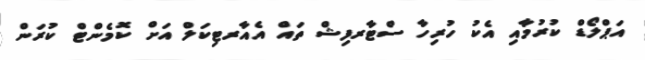
އަޕްލޯޑް ކުރުމާއި އެކު ހުރިހާ ސްޓާރފިޝް ތައް އެއާރޓިކަލް އަށް ކޮމެންޓް ކުރަން